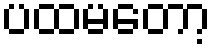
ပထမတော့